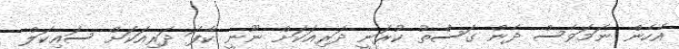
އެހެން ނަމަވެސް ދެން ގަސްތު ކުރަނީ ދަރިއަކަށް ނޫނީ ކާފަ ދަރިއަކަށް ސައިކަލް